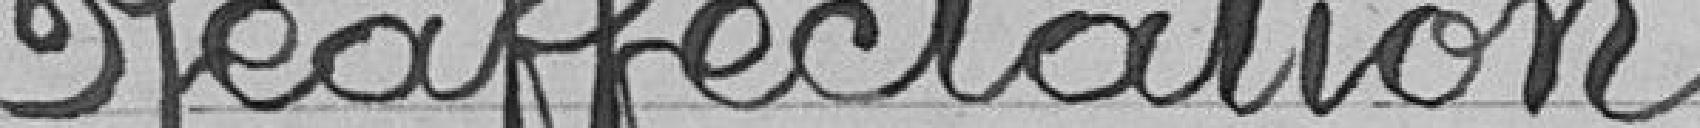
Réaffectation